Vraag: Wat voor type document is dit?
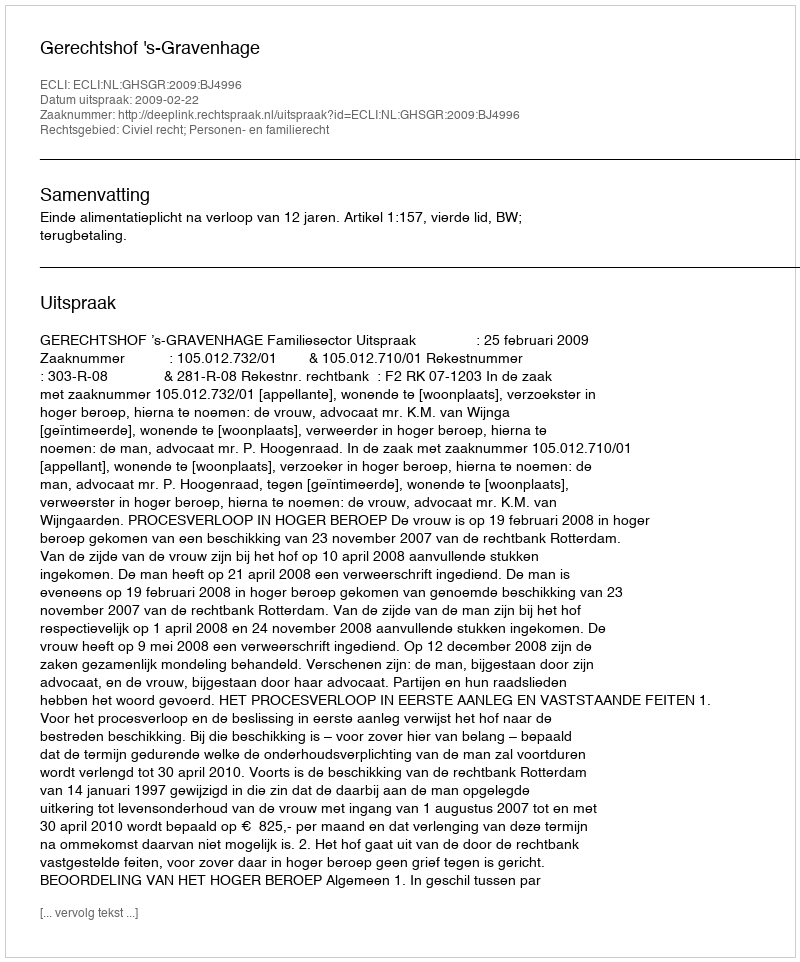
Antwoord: Uitspraak